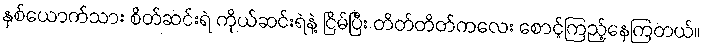
နှစ်ယောက်သား စိတ်ဆင်းရဲ ကိုယ်ဆင်းရဲနဲ့ ငြိမ်ပြီး တိတ်တိတ်ကလေး စောင့်ကြည့်နေကြတယ်။